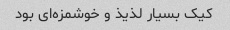
کیک بسیار لذیذ و خوشمزه‌ای بود